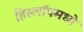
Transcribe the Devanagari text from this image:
हिस्लॉपमध्ये